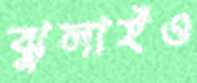
ঝুলাইও